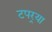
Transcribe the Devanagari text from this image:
टपर्‍या